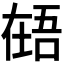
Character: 𰊎